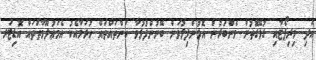
އަދި މިރިޕޯޓާއި ގުޅޭގޮތުން މެންބަރުން އޮޅުންފިލުވަން ބޭނުންފުޅުވާ ކަންތައްތައް ހުރުމާއެކު އެމަޢުލޫމާތުތައް އޮޑިޓަރ